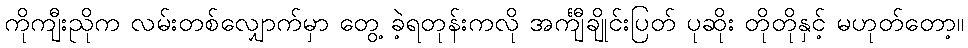
ကိုကျီးညိုက လမ်းတစ်လျှောက်မှာ တွေ့ ခဲ့ရတုန်းကလို အင်္ကျီချိုင်းပြတ် ပုဆိုး တိုတိုနှင့် မဟုတ်တော့။